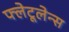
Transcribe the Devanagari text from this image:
फ्लेटूलेन्स